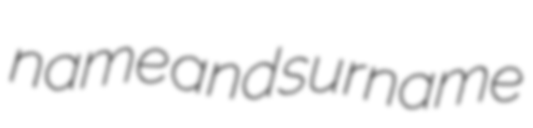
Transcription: name and surname